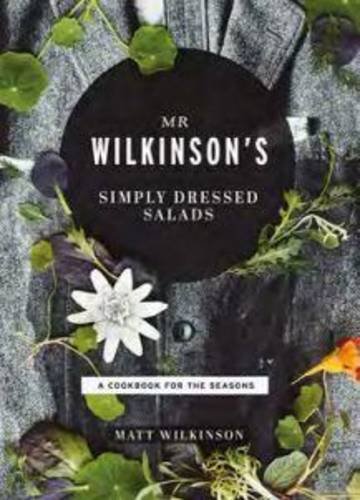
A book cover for Mr. Wilkinson's Simply Dressed Salads: A Cookbook to Celebrate the Seasons; Matt Wilkinson; Cookbooks, Food & Wine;